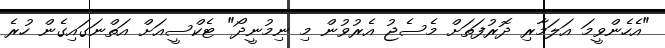
"އެހެންވީމަ އަލަމާރި ދޮރުފަތަށް މެސެޖު އެރުވުން މި ނިމުނީދޯ" ޓެކްސީއަށް އަތްނަގައިގެން ހުރެ